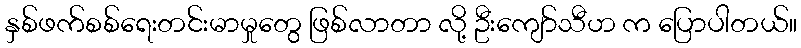
နှစ်ဖက်စစ်ရေးတင်းမာမှုတွေ ဖြစ်လာတာ လို့ ဦးကျော်သီဟ က ပြောပါတယ်။